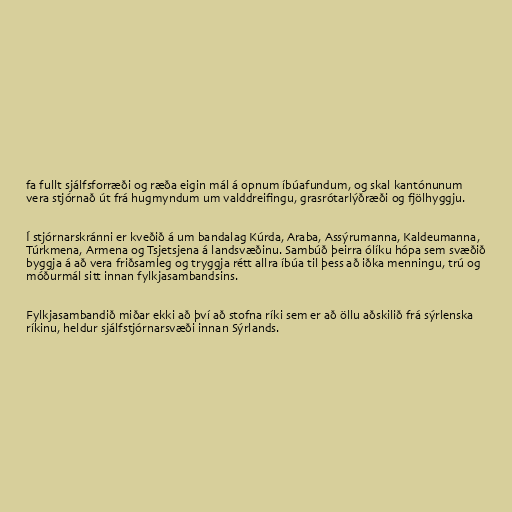
fa fullt sjálfsforræði og ræða eigin mál á opnum íbúafundum, og skal kantónunum
vera stjórnað út frá hugmyndum um valddreifingu, grasrótarlýðræði og fjölhyggju.

Í stjórnarskránni er kveðið á um bandalag Kúrda, Araba, Assýrumanna, Kaldeumanna,
Túrkmena, Armena og Tsjetsjena á landsvæðinu. Sambúð þeirra ólíku hópa sem svæðið
byggja á að vera friðsamleg og tryggja rétt allra íbúa til þess að iðka menningu, trú og
móðurmál sitt innan fylkjasambandsins.

Fylkjasambandið miðar ekki að því að stofna ríki sem er að öllu aðskilið frá sýrlenska
ríkinu, heldur sjálfstjórnarsvæði innan Sýrlands.